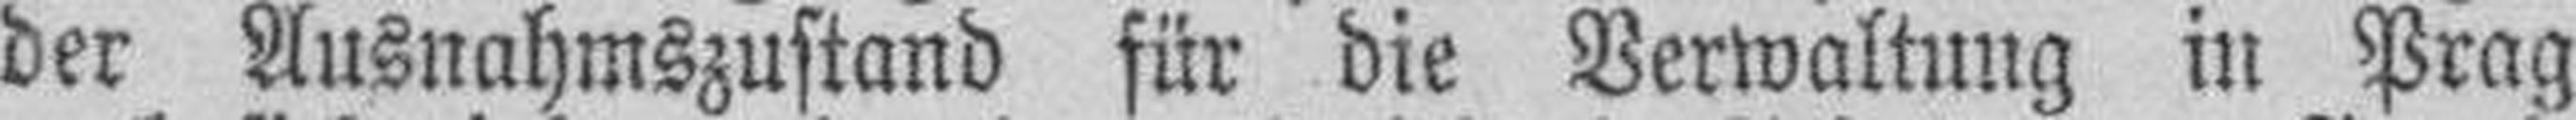
der Ausnahmszustand für die Verwaltung in Prag